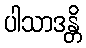
ပါသာဒန္တိ